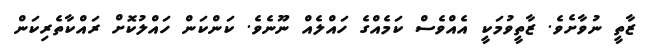
ޒާތީ ނުވާށެވެ. ޒާތީވުމަކީ އެއްވެސް ކަމެއްގެ ހައްލެއް ނޫނެވެ. ކަންކަން ހައްލުކޮށް ރައްކާތެރިކަން